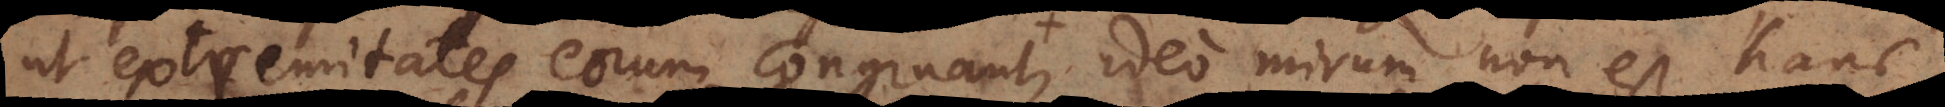
ut extremitates eorum congruant, ideo mirum non est hanc